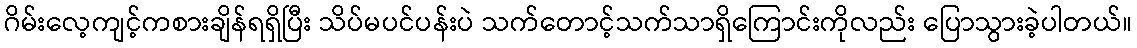
ဂိမ်းလေ့ကျင့်ကစားချိန်ရရှိပြီး သိပ်မပင်ပန်းပဲ သက်တောင့်သက်သာရှိကြောင်းကိုလည်း ပြောသွားခဲ့ပါတယ်။